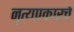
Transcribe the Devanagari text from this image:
नृत्यप्रकारचे